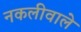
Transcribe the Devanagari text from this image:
नकलीवाले